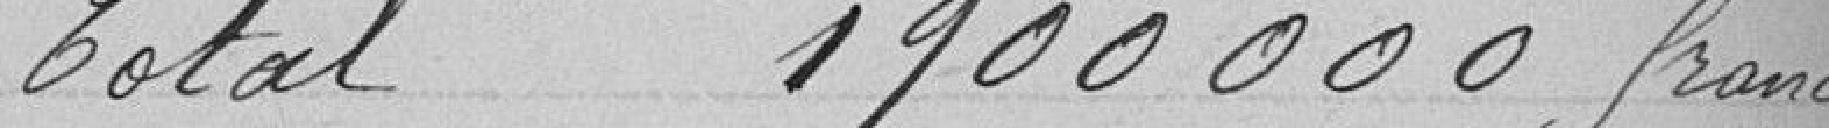
Total 1900 000 francs.